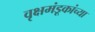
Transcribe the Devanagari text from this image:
वृक्षमंडूकांच्या